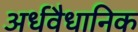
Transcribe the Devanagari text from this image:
अर्धवैधानिक